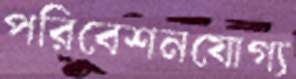
পরিবেশনযোগ্য